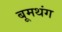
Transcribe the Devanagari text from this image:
बूमथंग